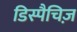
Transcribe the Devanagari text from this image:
डिस्पैचिज़